Annual report on the health of the army in India
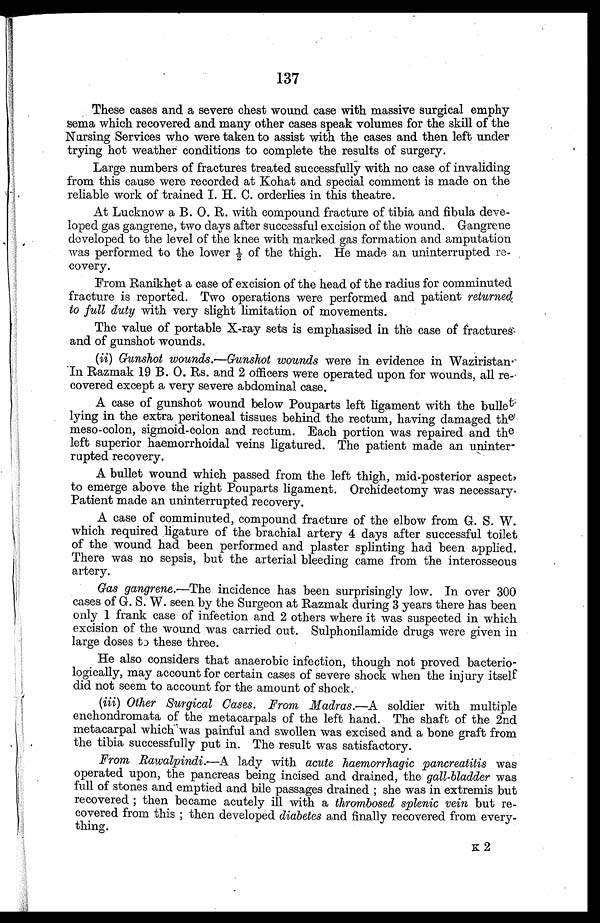
137
These cases and a severe chest wound case with massive surgical emphy
sema which recovered and many other cases speak volumes for the skill of the
Nursing Services who were taken to assist with the cases and then left under
trying hot weather conditions to complete the results of surgery.
Large numbers of fractures treated successfully with no case of invaliding
from this cause were recorded at Kohat and special comment is made on the
reliable work of trained I. H. C. orderlies in this theatre.
At Lucknow a B. O. R. with compound fracture of tibia and fibula deve
- l o p e d g a s g a n g r e n e , t w o d a y s a f t e r s u c c e s s f u l e x c i s i o n o f t h e w o u n d . G a n g r e n e
developed to the level of the knee with marked gas formation and amputation
was performed to the lower 1/2 of the thigh. He made an uninterrupted re
- c o v e r y .
From Ranikhet a case of excision of the head of the radius for comminuted
fracture is reported. Two operations were performed and patient returned
to full duty with very slight limitation of movements.
The value of portable X-ray sets is emphasised in the case of fractures
and of gunshot wounds.
(ii) Gunshot wounds.—Gunshot wounds were in evidence in Waziristan
. In Razmak 19 B. O. Rs. and 2 officers were operated upon for wounds, all re
- c o v e r e d e x c e p t a v e r y s e v e r e a b d o m i n a l c a s e .
A case of gunshot wound below Pouparts left ligament with the bullet
lying in the extra peritoneal tissues behind the rectum, having damaged the
meso-colon, sigmoid-colon and rectum. Each portion was repaired and the
left superior haemorrhoidal veins ligatured. The patient made an uninter
- r u p t e d r e c o v e r y .
A bullet wound which passed from the left thigh, mid-posterior aspect,
to emerge above the right Pouparts ligament. Orchidectomy was necessary.
Patient made an uninterrupted recovery.
A case of comminuted, compound fracture of the elbow from G. S. W.
which required ligature of the brachial artery 4 days after successful toilet
of the wound had been performed and plaster splinting had been applied.
There was no sepsis, but the arterial bleeding came from the interosseous
artery.
Gas gangrene.—The incidence has been surprisingly low. In over 300
cases of G. S. W. seen by the Surgeon at Razmak during 3 years there has been
only 1 frank case of infection and 2 others where it was suspected in which
excision of the wound was carried out. Sulphonilamide drugs were given in
large doses to these three.
He also considers that anaerobic infection, though not proved bacterio
- l o g i c a l l y , m a y a c c o u n t f o r c e r t a i n c a s e s o f s e v e r e s h o c k w h e n t h e i n j u r y i t s e l f
did not seem to account for the amount of shock.
(iii) Other Surgical Cases. From Madras.— A soldier with multiple
enchondromata of the metacarpals of the left hand. The shaft of the 2nd
metacarpal which was painful and swollen was excised and a bone graft from
the tibia successfully put in. The result was satisfactory.
From Rawalpindi.—A lady with acute haemorrhagic pancreatitis was
operated upon, the pancreas being incised and drained, the gall-bladder was
full of stones and emptied and bile passages drained; she was in extremis but
recovered; then became acutely ill with a thrombosed splenic vein but re
- c o v e r e d f r o m t h i s ; t h e n d e v e l o p e dd
i a b e t e s
and finally recovered from every
-thing.
K2